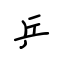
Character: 乒